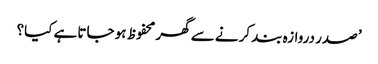
’ صدر دروازہ بند کرنے سے گھر محفوظ ہو جاتا ہے کیا؟